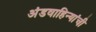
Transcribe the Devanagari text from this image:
अंडवाहिन्यांची